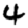
Digit: 4